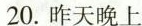
20.昨天晚上